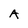
Character: A